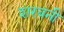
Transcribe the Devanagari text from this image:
शरबनी